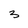
Character: 3